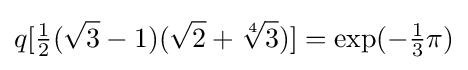
q[{\tfrac {1}{2}}({\sqrt {3}}-1)({\sqrt {2}}+{\sqrt[{4}]{3}})]=\exp(-{\tfrac {1}{3}}\pi )